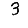
Digit: 3